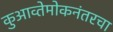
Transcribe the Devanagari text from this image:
कुआव्तेमोकनंतरचा